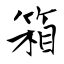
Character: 箱